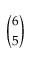
\binom { 6 } { 5 }